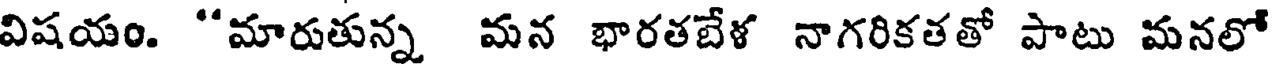
విషయం. "మారుతున్న మన భారతబేళ నాగరికతతో పాటు మనలో